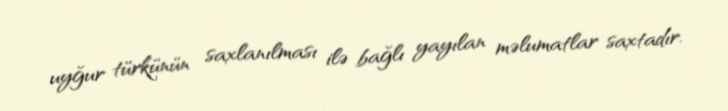
uyğur türkünün saxlanılması ilə bağlı yayılan məlumatlar saxtadır.